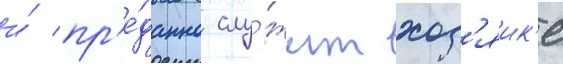
и́ пр'е́данно слу́жит хоз'яик'е